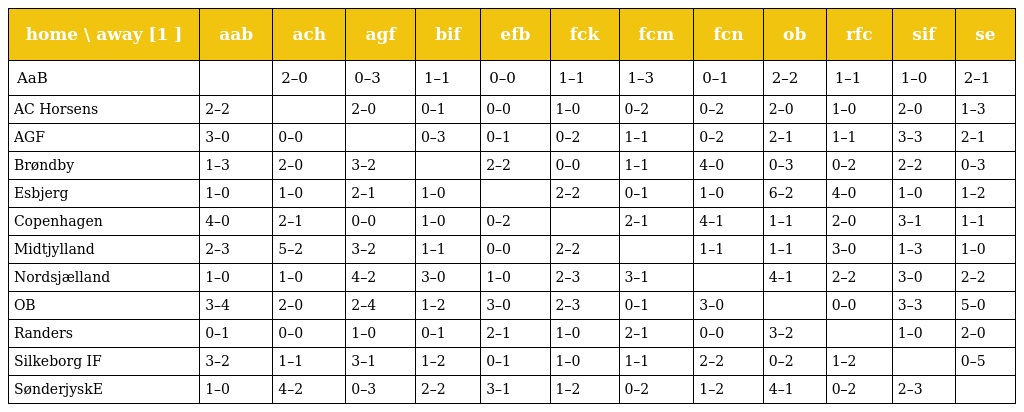
| home \ away [1 ] | aab | ach | agf | bif | efb | fck | fcm | fcn | ob | rfc | sif | se |
 | --- | --- | --- | --- | --- | --- | --- | --- | --- | --- | --- | --- | --- |
 | AaB |  | 2–0 | 0–3 | 1–1 | 0–0 | 1–1 | 1–3 | 0–1 | 2–2 | 1–1 | 1–0 | 2–1 |
 | AC Horsens | 2–2 |  | 2–0 | 0–1 | 0–0 | 1–0 | 0–2 | 0–2 | 2–0 | 1–0 | 2–0 | 1–3 |
 | AGF | 3–0 | 0–0 |  | 0–3 | 0–1 | 0–2 | 1–1 | 0–2 | 2–1 | 1–1 | 3–3 | 2–1 |
 | Brøndby | 1–3 | 2–0 | 3–2 |  | 2–2 | 0–0 | 1–1 | 4–0 | 0–3 | 0–2 | 2–2 | 0–3 |
 | Esbjerg | 1–0 | 1–0 | 2–1 | 1–0 |  | 2–2 | 0–1 | 1–0 | 6–2 | 4–0 | 1–0 | 1–2 |
 | Copenhagen | 4–0 | 2–1 | 0–0 | 1–0 | 0–2 |  | 2–1 | 4–1 | 1–1 | 2–0 | 3–1 | 1–1 |
 | Midtjylland | 2–3 | 5–2 | 3–2 | 1–1 | 0–0 | 2–2 |  | 1–1 | 1–1 | 3–0 | 1–3 | 1–0 |
 | Nordsjælland | 1–0 | 1–0 | 4–2 | 3–0 | 1–0 | 2–3 | 3–1 |  | 4–1 | 2–2 | 3–0 | 2–2 |
 | OB | 3–4 | 2–0 | 2–4 | 1–2 | 3–0 | 2–3 | 0–1 | 3–0 |  | 0–0 | 3–3 | 5–0 |
 | Randers | 0–1 | 0–0 | 1–0 | 0–1 | 2–1 | 1–0 | 2–1 | 0–0 | 3–2 |  | 1–0 | 2–0 |
 | Silkeborg IF | 3–2 | 1–1 | 3–1 | 1–2 | 0–1 | 1–0 | 1–1 | 2–2 | 0–2 | 1–2 |  | 0–5 |
 | SønderjyskE | 1–0 | 4–2 | 0–3 | 2–2 | 3–1 | 1–2 | 0–2 | 1–2 | 4–1 | 0–2 | 2–3 |  |